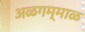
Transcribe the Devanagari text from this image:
अळगम्माळ